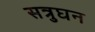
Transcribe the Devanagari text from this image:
सत्रुघन